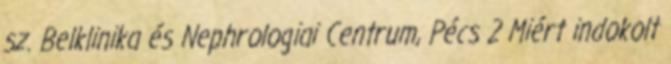
sz. Belklinika és Nephrologiai Centrum, Pécs 2 Miért indokolt